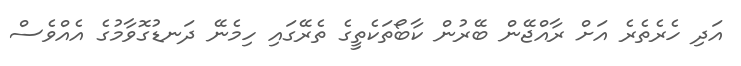
އަދި ހެރެތެރެ އަށް ރާއްޖޭން ބޭރުން ކާބޯތަކެތީގެ ތެރޭގައި ހިމެނޭ ދަނޑުގޮވާމުގެ އެއްވެސް